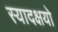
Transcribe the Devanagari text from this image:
स्यादक्षयो